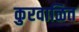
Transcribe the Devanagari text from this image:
कुरवाळित